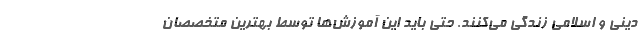
دینی و اسلامی زندگی می‌کنند. حتی باید این آموزش‌ها توسط بهترین متخصصان